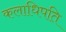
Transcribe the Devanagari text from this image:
कलाधिपति